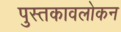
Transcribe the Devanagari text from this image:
पुस्तकावलोकन